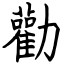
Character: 勸